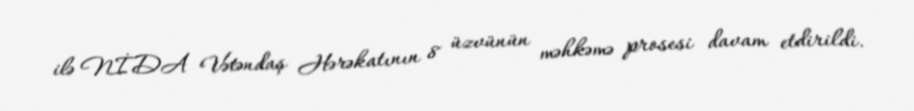
ilə NİDA Vətəndaş Hərəkatının 8 üzvünün məhkəmə prosesi davam etdirildi.